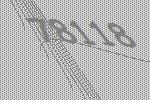
78118